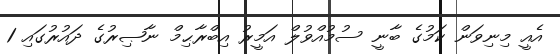
އެއީ މިނިވަން ކަމުގެ ބާނީ ސުމުއްވުލް އަމީރު އިބްރާޙިމް ނާޞިރުގެ ދައުރުގައި 1